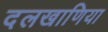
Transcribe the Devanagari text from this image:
दलखाणिया